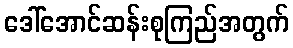
ဒေါ်အောင်ဆန်းစုကြည်အတွက်